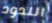
اللدود